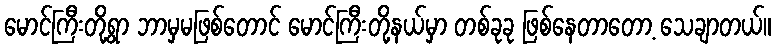
မောင်ကြီးတို့ရွာ ဘာမှမဖြစ်တောင် မောင်ကြီးတို့နယ်မှာ တစ်ခုခု ဖြစ်နေတာတော့ သေချာတယ်။